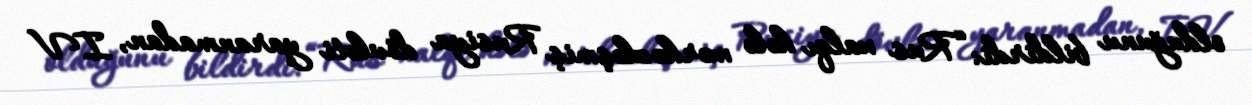
olduğunu bildirdi: “Rus xalqı hələ mərkəzləşmiş Rusiya dövləti yaranmadan, IV